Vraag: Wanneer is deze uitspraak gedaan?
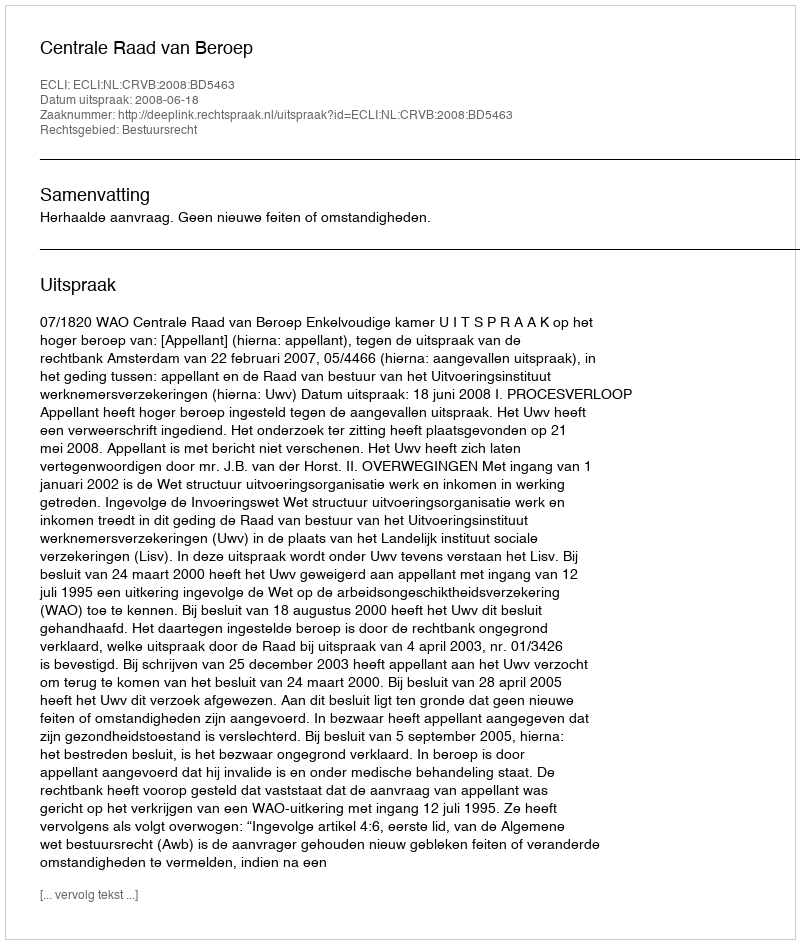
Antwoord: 2008-06-18